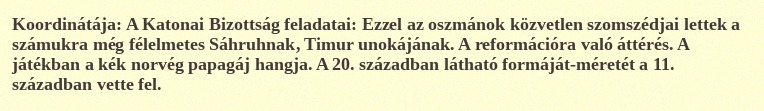
Koordinátája: A Katonai Bizottság feladatai: Ezzel az oszmánok közvetlen szomszédjai lettek a számukra még félelmetes Sáhruhnak, Timur unokájának. A reformációra való áttérés. A játékban a kék norvég papagáj hangja. A 20. században látható formáját-méretét a 11. században vette fel.